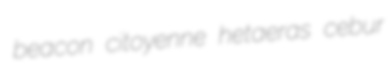
beacon citoyenne hetaeras cebur